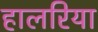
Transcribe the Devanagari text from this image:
हालरिया